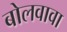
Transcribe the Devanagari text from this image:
बोलवावा